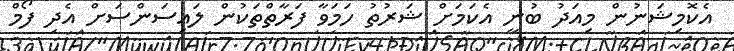
އެކޮމިޝަނުން މިއަދު ބުނީ އެކަމަށް ޝަރުތު ހަމަވާ ފަރާތްތަކުން ލައިސަންސަށް އެދި ފޯމް